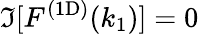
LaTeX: \Im[\mathinner{F^{\mathrm{(1D)}}\mathopen{\left(k_{1}\right)}}]=0